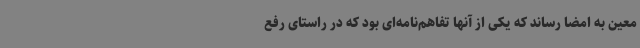
معین به امضا رساند که یکی از آنها تفاهم‌نامه‌ای بود که در راستای رفع